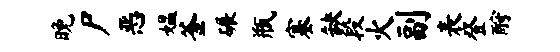
晚尸恶媪釜碾瓶塞缺段火副表登酹